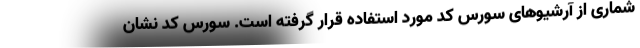
شماری از آرشیوهای سورس کد مورد استفاده قرار گرفته است. سورس کد نشان